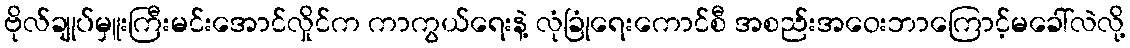
ဗိုလ်ချုပ်မှူးကြီးမင်းအောင်လှိုင်က ကာကွယ်ရေးနဲ့ လုံခြုံရေးကောင်စီ အစည်းအဝေးဘာကြောင့်မခေါ်လဲလို့